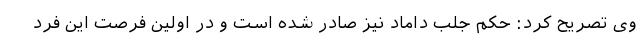
وی تصریح کرد: حکم جلب داماد نیز صادر شده است و در اولین فرصت این فرد